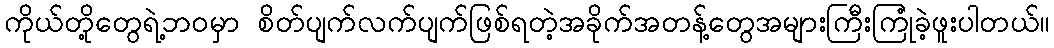
ကိုယ်တို့တွေရဲ့ဘဝမှာ စိတ်ပျက်လက်ပျက်ဖြစ်ရတဲ့အခိုက်အတန့်တွေအများကြီးကြုံခဲ့ဖူးပါတယ်။